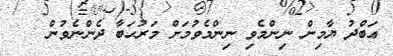
ޢަބްދު ޔާމިން ނިންމެވި ނިންމެވުމަށް މަރުޙަބާ ދެންނެވުން